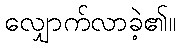
လျှောက်လာခဲ့၏။